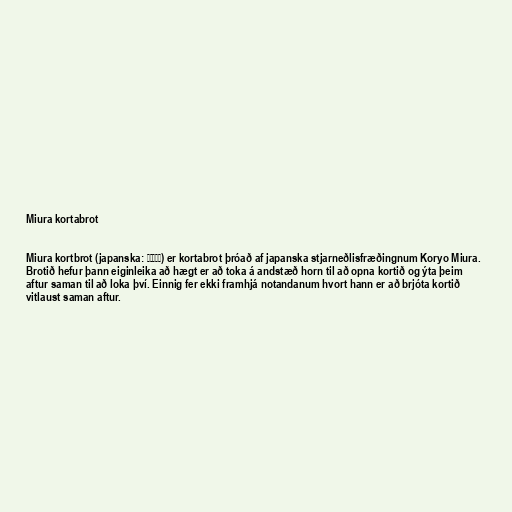
Miura kortabrot

Miura kortbrot (japanska: ミウラ折り) er kortabrot þróað af japanska stjarneðlisfræðingnum Koryo Miura.
Brotið hefur þann eiginleika að hægt er að toka á andstæð horn til að opna kortið og ýta þeim
aftur saman til að loka því. Einnig fer ekki framhjá notandanum hvort hann er að brjóta kortið
vitlaust saman aftur.